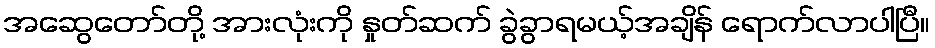
အဆွေတော်တို့ အားလုံးကို နှုတ်ဆက် ခွဲခွာရမယ့်အချိန် ရောက်လာပါပြီ။